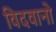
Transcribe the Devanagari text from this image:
विदवानो